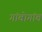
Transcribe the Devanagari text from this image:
गांवोगांव